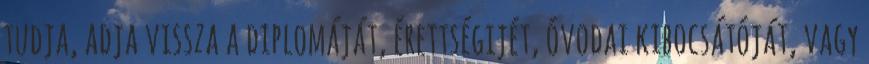
tudja, adja vissza a diplomáját, érettségijét, óvodai kibocsátóját, vagy